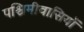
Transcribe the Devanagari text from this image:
पश्चिमीवासियों